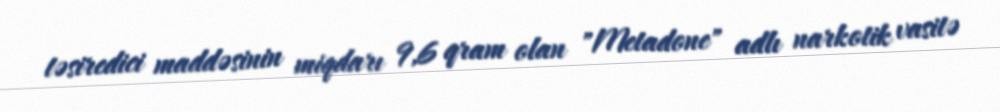
təsiredici maddəsinin miqdarı 9,6 qram olan "Metadone" adlı narkotik vasitə